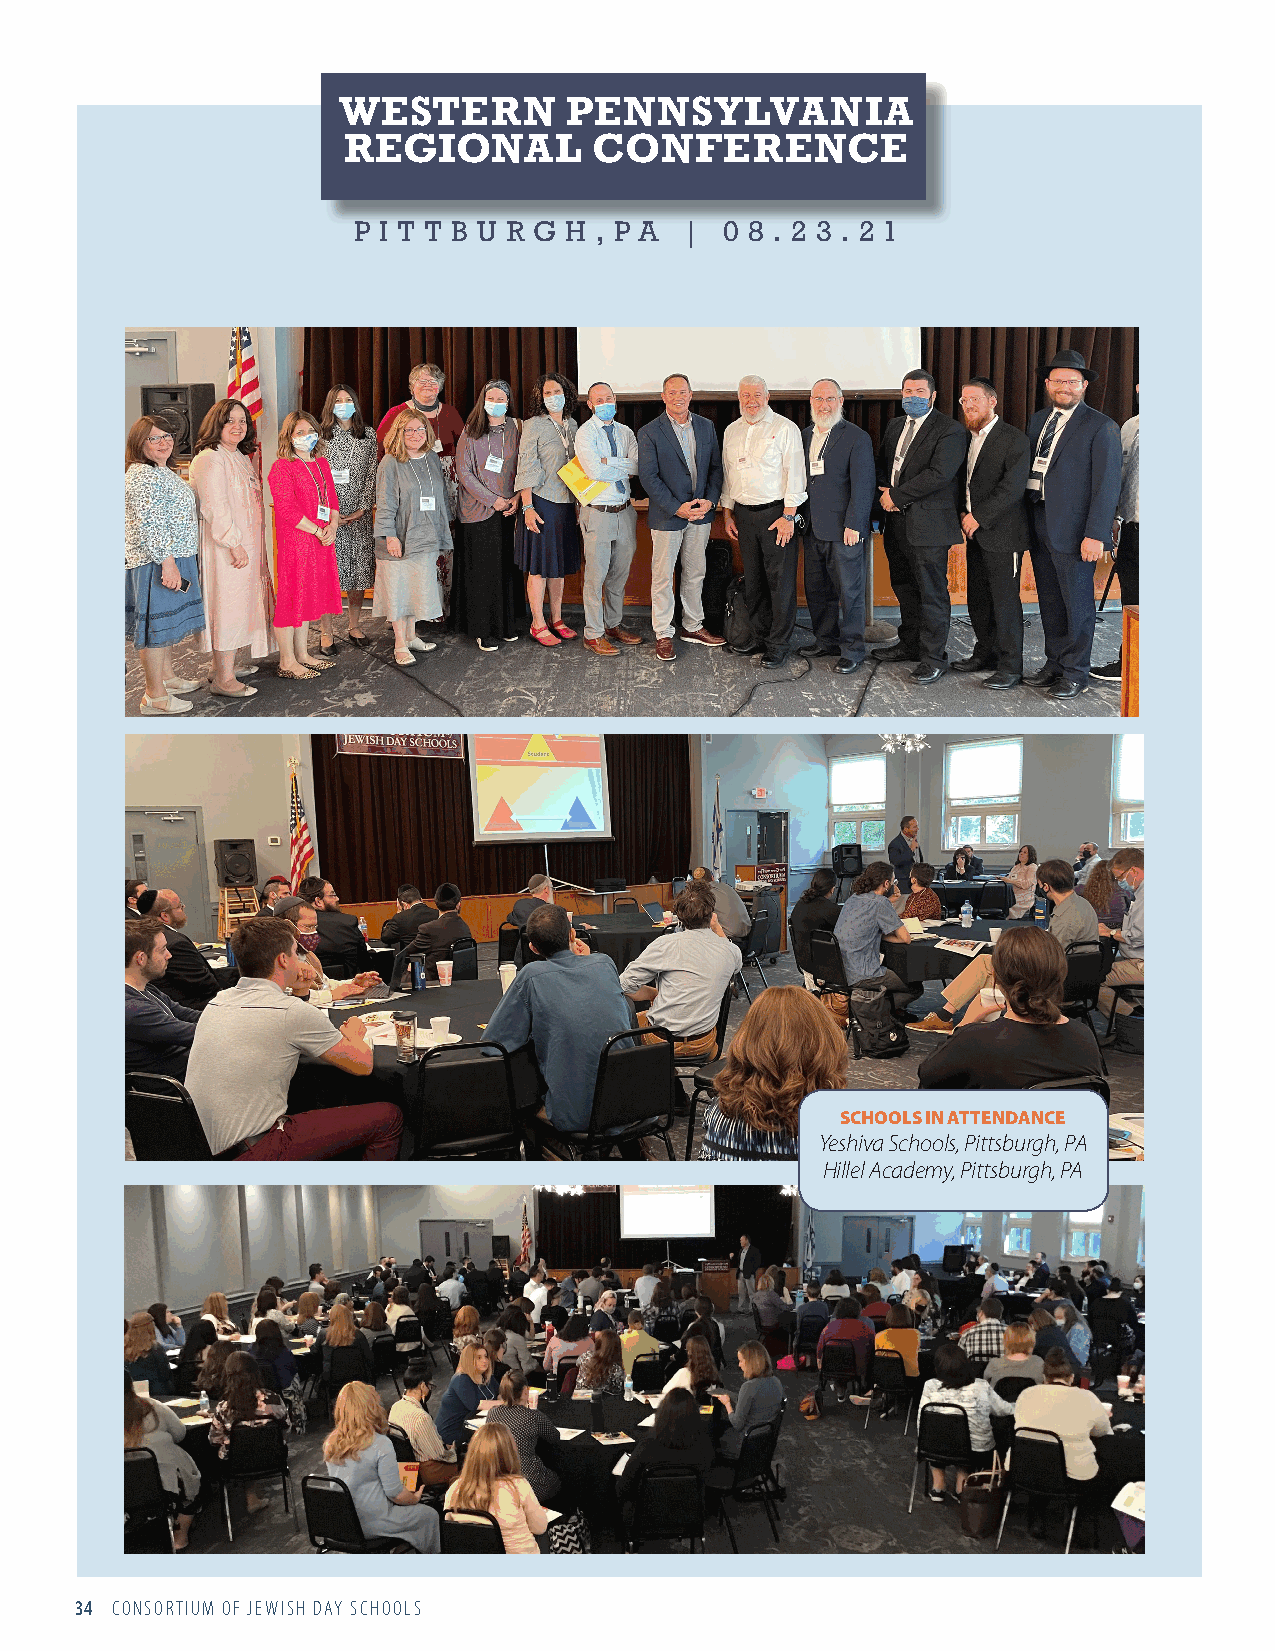
WESTERN        PENNSYLVANIA
 REGIONAL        CONFERENCE
 P I T T B U R G H , P A | 0 8 . 2 3 . 2 1
 SCHOOLS IN ATTENDANCE
 Yeshiva Schools, Pittsburgh, PA
 Hillel Academy, Pittsburgh, PA
 34 CONSORTIUM OF JEWISH DAY SCHOOLS